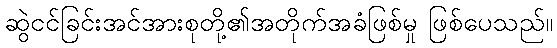
ဆွဲငင်ခြင်းအင်အားစုတို့၏အတိုက်အခံဖြစ်မှု ဖြစ်ပေသည်။